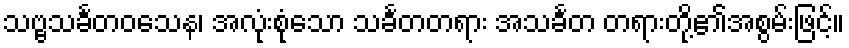
သဗ္ဗသင်္ခတဝသေန၊ အလုံးစုံသော သင်္ခတတရား အသင်္ခတ တရားတို့၏အစွမ်းဖြင့်။